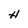
Character: H